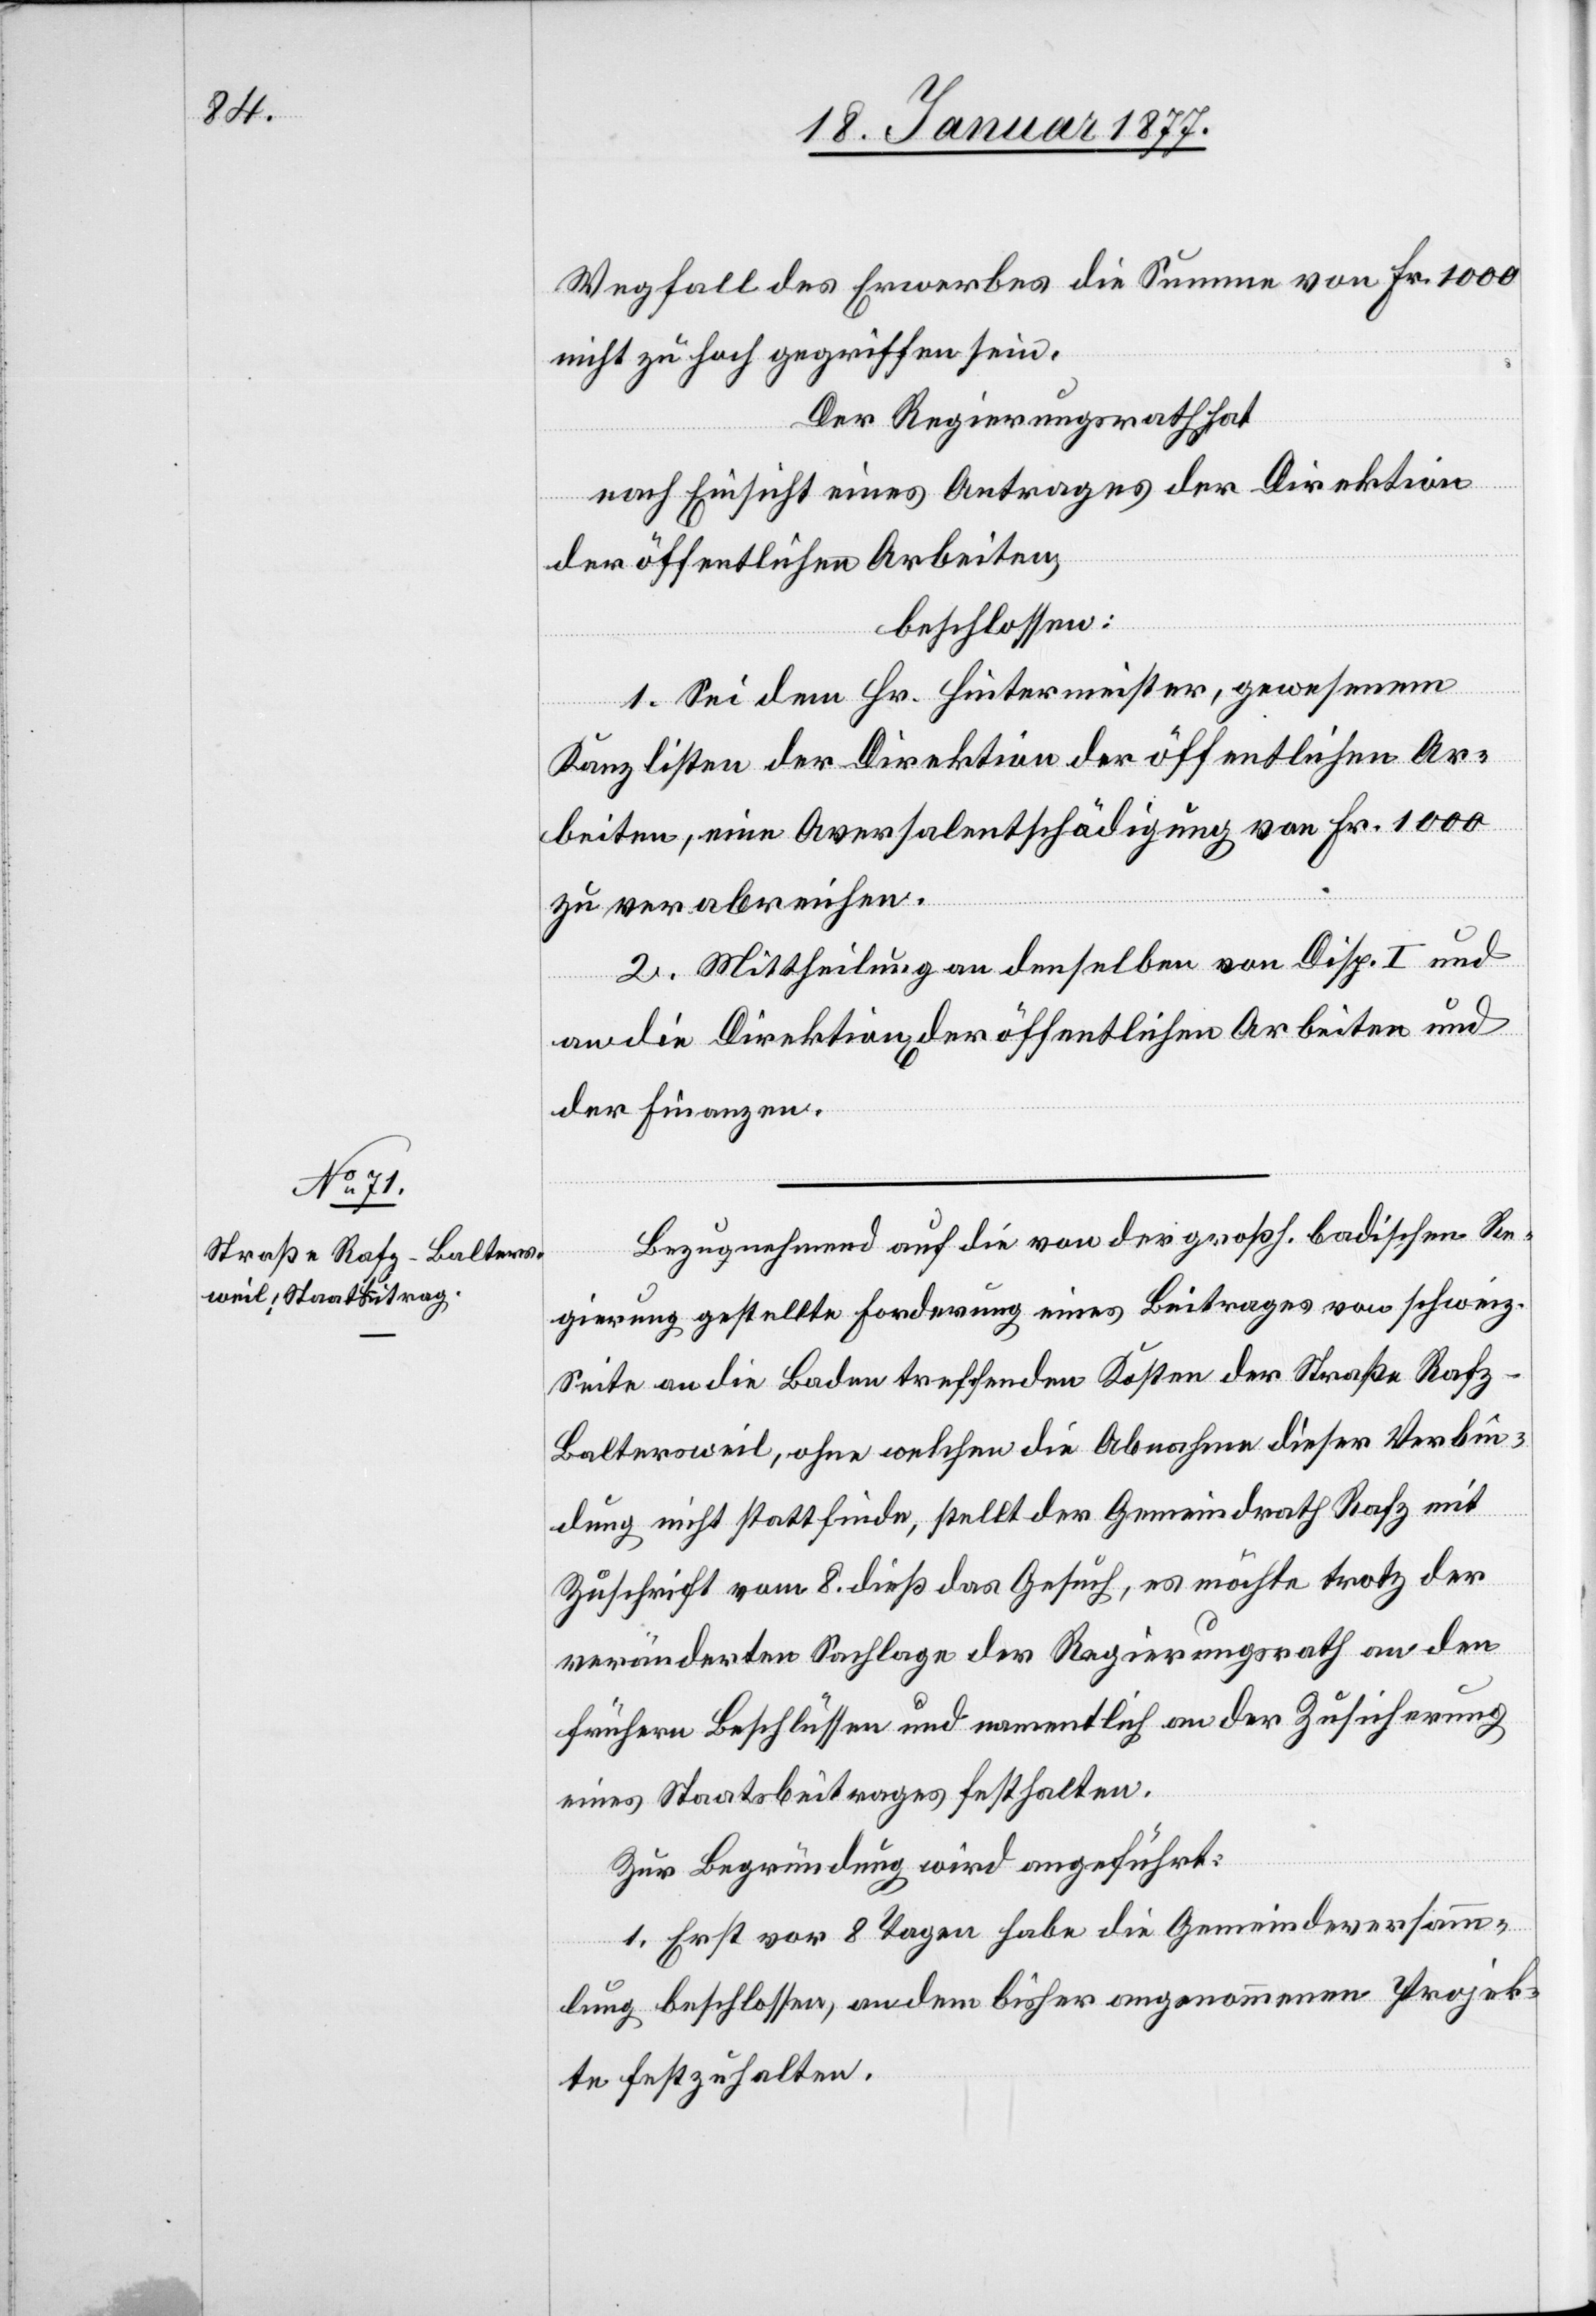
Wegfall des Erwerbes die Summe von Fr. 1000
nicht zu hoch gegriffen sein.
Der Regierungsrath hat
nach Einsicht eines Antrages der Direktion
der öffentlichen Arbeiten,
beschlossen:
1. Sei dem Hr. Hintermeister, gewesenen
Kanzlisten der Direktion der öffentlichen Ar¬
beiten, eine Aversalentschädigung von Fr. 1000
zu verabreichen.
2. Mittheilung an denselben von Disp. I und
an die Direktion[en] der öffentlichen Arbeiten und
der Finanzen.
Bezugnehmend auf die von der großh. Badischen Re¬
gierung gestellte Forderung eines Beitrages von schweiz.
Seite an die Baden treffenden Kosten der Straße Raf¬
z–Baltersweil, ohne welchen die Abnahme dieser Verbin¬
dung nicht statt finde, stellt der Gemeindrath Rafz mit
Zuschrift vom 8. dieß das Gesuch, es möchte trotz der
veränderten Sachlage der Regierungsrath an den
frühern Beschlüssen und namentlich an der Zusicherung
eines Staatsbeitrages festhalten.
Zur Begründung wird angeführt:
1. Erst vor 8 Tagen habe die Gemeindeversamm¬
lung beschlossen, an dem bisher angenommenen Projek¬
te festzuhalten.